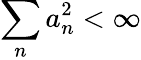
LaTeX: \sum_{n}a_{n}^{2}<\infty